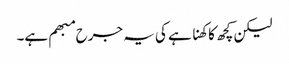
لیکن کچھ کا کھنا ہے کی یہ جرح مبھم ہے۔